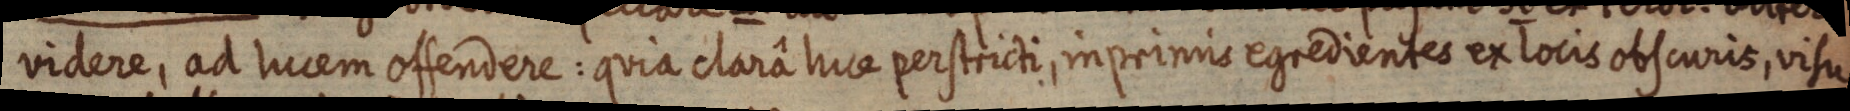
videre, ad lucem offendere: quia clarâ luce per stricti, inprimis egredientes ex locis obscuris, visu